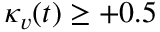
\kappa _ { v } ( t ) \geq + 0 . 5